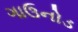
ગાઉનોડ